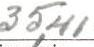
35,41